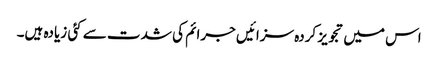
اس میں تجویز کردہ سزائیں جرائم کی شدت سے کئی زیادہ ہیں۔